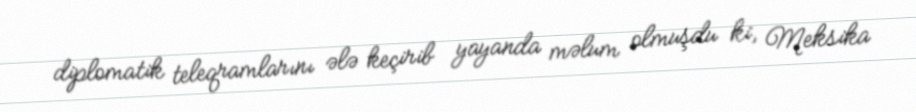
diplomatik teleqramlarını ələ keçirib yayanda məlum olmuşdu ki, Meksika